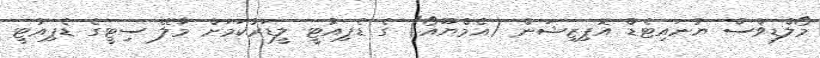
މޯލްޑިވްސް ޔުނައިޓެޑް އޮޕިޒިޝަން (އެމްޔޫއޯ) ގެ ޑެޕިއުޓީ ލީޑަރުކަމަށް މާލޭ ސިޓީގެ ޑެޕިއުޓީ